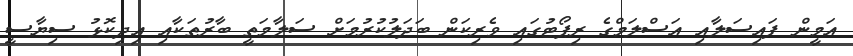
އަމީން ފައިސަލާއި އަސްލަމްގެ ރިޕޯޓުގައި ވެރިކަން ބަދަލުކުރުމަށް ސަލާމަތީ ބާރުތަކާއި އިދިކޮޅު ސިޔާސީ